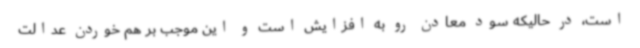
است، در حالیکه سود معادن رو به افزایش است و این موجب بر هم خوردن عدالت